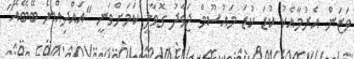
ވަޒަން އެރުމާއެކު ކުޑަ ކުޑަ މައުސޫމް ޖަވާދު ގޮވާލީ ކަމަށްވަނީ "އައްދިއްޔޯ ބޭބޭއޭ"